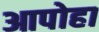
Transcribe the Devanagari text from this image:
आपोहा